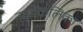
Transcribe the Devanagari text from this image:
न्यायकलिका